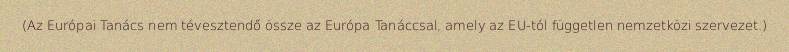
(Az Európai Tanács nem tévesztendő össze az Európa Tanáccsal, amely az EU-tól független nemzetközi szervezet.)